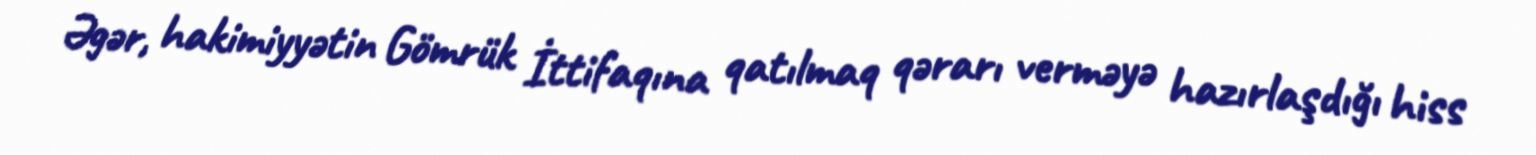
Əgər, hakimiyyətin Gömrük İttifaqına qatılmaq qərarı verməyə hazırlaşdığı hiss